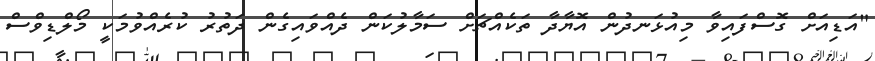
"އަޑިއަށް ގޮސްފައިވާ މިއުޅަނދުން އޮޔާދާ ތަކެއްޗަށް ސަމާލުކަން ދެއްވައިގެން ދަތުރު ކުރެއްވުމަކީ މޯލްޑިވްސް